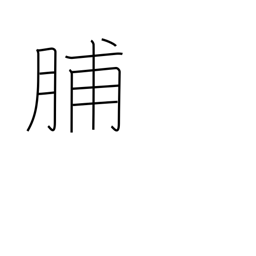
Meaning: dried meat